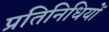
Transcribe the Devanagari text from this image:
प्रतिनिधियों